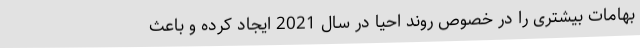
بهامات بیشتری را در خصوص روند احیا در سال 2021 ایجاد کرده و باعث